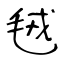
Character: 毧